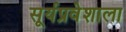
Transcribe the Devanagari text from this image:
सूर्यप्रवेशाला